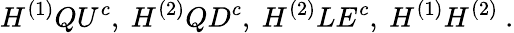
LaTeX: H^{(1)}QU^{c},~H^{(2)}QD^{c},~H^{(2)}LE^{c},~H^{(1)}H^{(2)}~.